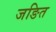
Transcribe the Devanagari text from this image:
जङित